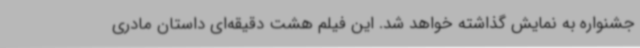
جشنواره به نمایش گذاشته خواهد شد. این فیلم هشت دقیقه‌ای داستان مادری